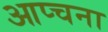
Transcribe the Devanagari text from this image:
आप्चना